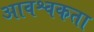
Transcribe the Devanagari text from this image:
आवश्वकता